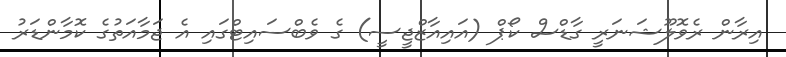
އިރާން ރެވޮލޫޝަނަރީ ގާޑްސް ކޯޕް (އައިއާޒްޖީސީ) ގެ ވެބްސައިޓްގައި އެ ޖަމާއަތުގެ ކޮމާންޑަރު